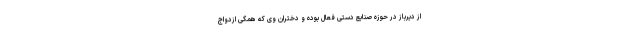
از دیرباز در حوزه صنایع ‌دستی فعال بوده و دختران وی که همگی ازدواج